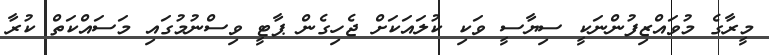
މީރާގެ މުވައްޒިފުންނަކީ ސިޔާސީ ވަކި ކުލައަކަށް ޖެހިގެން ޕާޓީ ވިސްނުމުގައި މަސައްކަތް ކުރާ